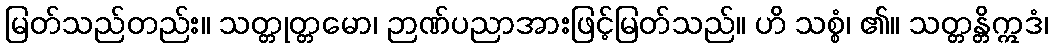
မြတ်သည်တည်း။ သတ္တုတ္တမော၊ ဉာဏ်ပညာအားဖြင့်မြတ်သည်။ ဟိ သစ္စံ၊ ၏။ သတ္တန္တိဣဒံ၊